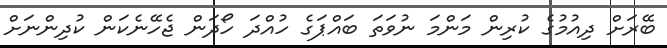
ބޭރަށް ދިއުމުގެ ކުރިން މަންމަ ނުވަތަ ބައްޕަގެ ހުއްދަ ހޯދަން ޖެހޭނެކަން ކުދިންނަށް